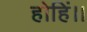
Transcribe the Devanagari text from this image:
होहिं।।